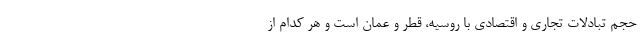
حجم تبادلات تجاری و اقتصادی با روسیه، قطر و عمان است و هر کدام از